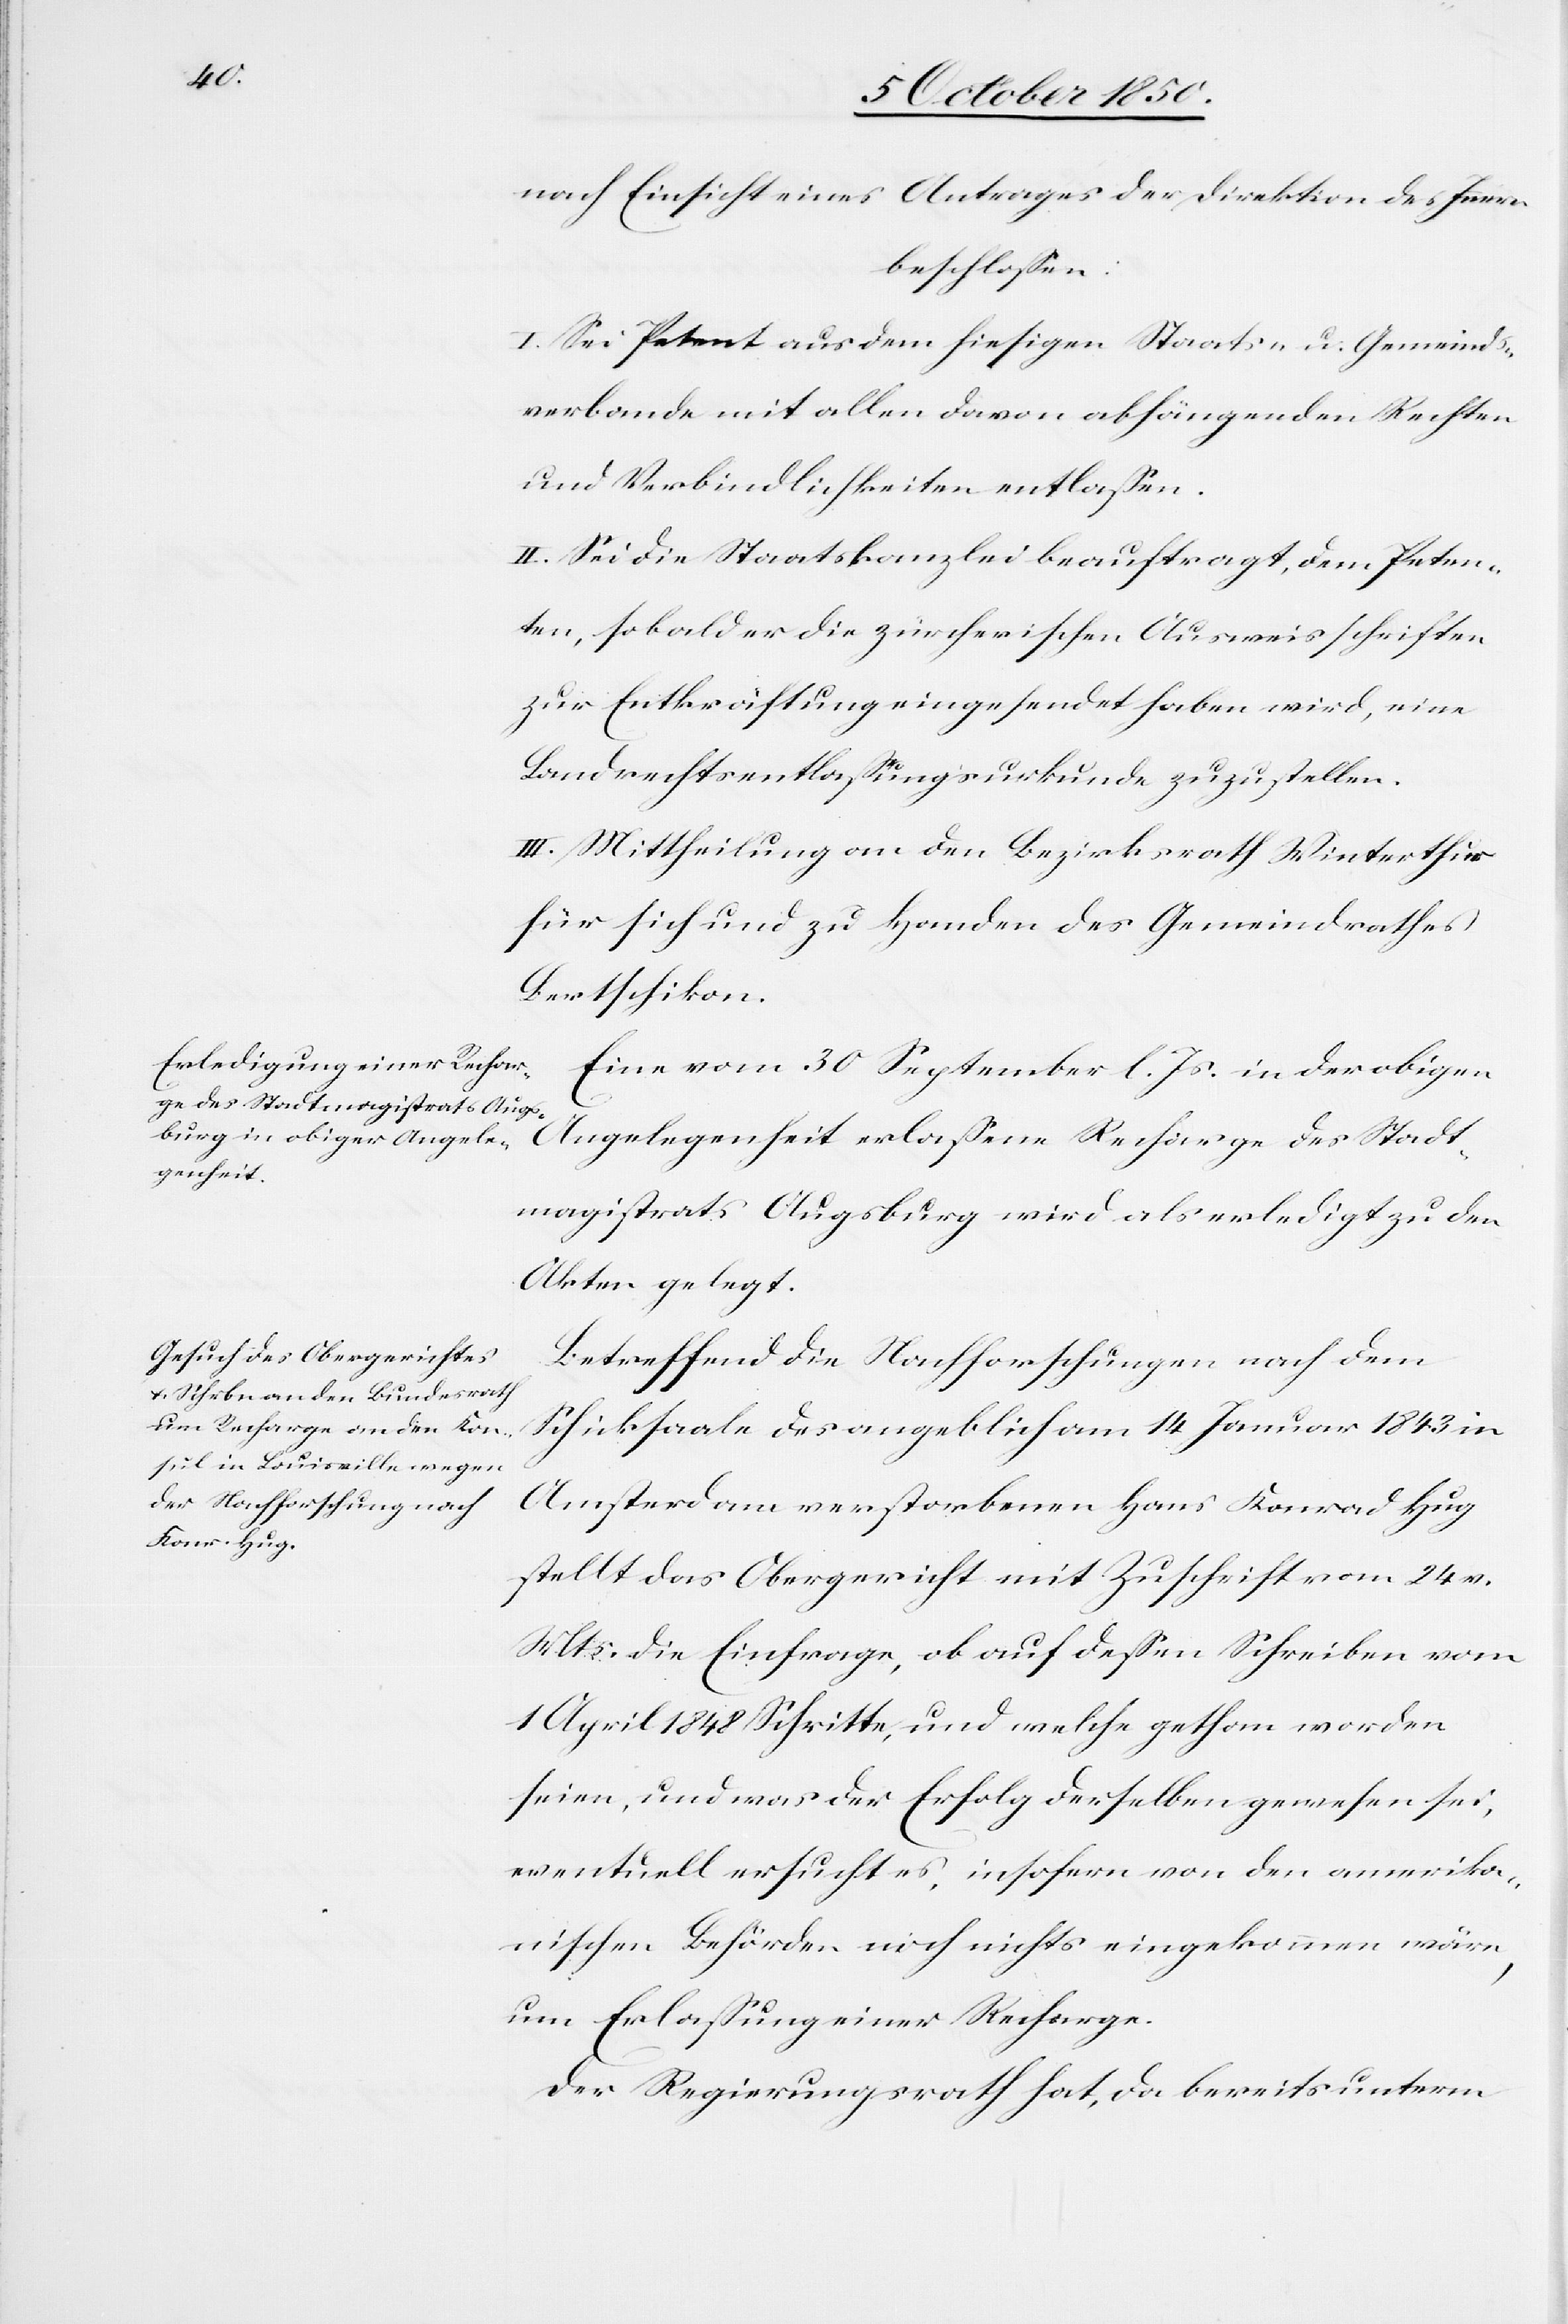
nach Einsicht eines Antrages der Direktion des Innern
beschlossen.
I. Sei Petent aus dem hiesigen Staats- u. Gemeinds¬
verbande mit allen davon abhängenden Rechten
und Verbindlichkeiten entlassen.
II. Sei die Staatskanzlei beauftragt, dem Peten¬
ten, sobald er die zürcherischen Ausweisschriften
zur Entkräftung eingesendet haben wird, eine
Landrechtsentlassungsurkunde zuzustellen.
III. Mittheilung an den Bezirksrath Winterthur
für sich und zu Handen des Gemeindrathes
Bertschikon.
Eine vom 30 September l. Js. in der obigen
Angelegenheit erlassene Recharge des Stadt¬
magistrats Augsburg wird als erledigt zu den
Akten gelegt.
Betreffend die Nachforschungen nach dem
Schicksaale des angeblich am 14 Januar 1843 in
Amsterdam verstorbenen Hans Konrad Hug
stellt das Obergericht mit Zuschrift vom 24 v.
Mts. die Einfrage, ob auf dessen Schreiben vom
1 April 1848 Schritte, und welche gethan worden
seien, und was der Erfolg derselben gewesen sei,
eventuell ersucht es, insofern von den amerika¬
nischen Behörden noch nichts eingekommen wäre,
um Erlassung einer Recharge.
Der Regierungsrath hat, da bereits unterm